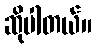
ဆိုပါတယ်။